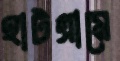
হাটগ্রামে